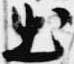
出